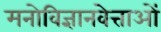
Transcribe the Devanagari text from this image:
मनोविज्ञानवेत्ताओं